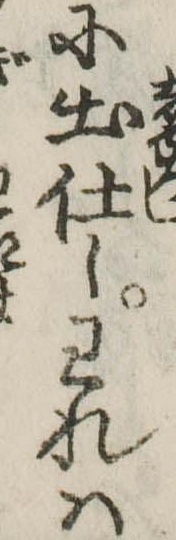
に出仕しわれは